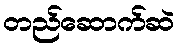
တည်ဆောက်ဆဲ